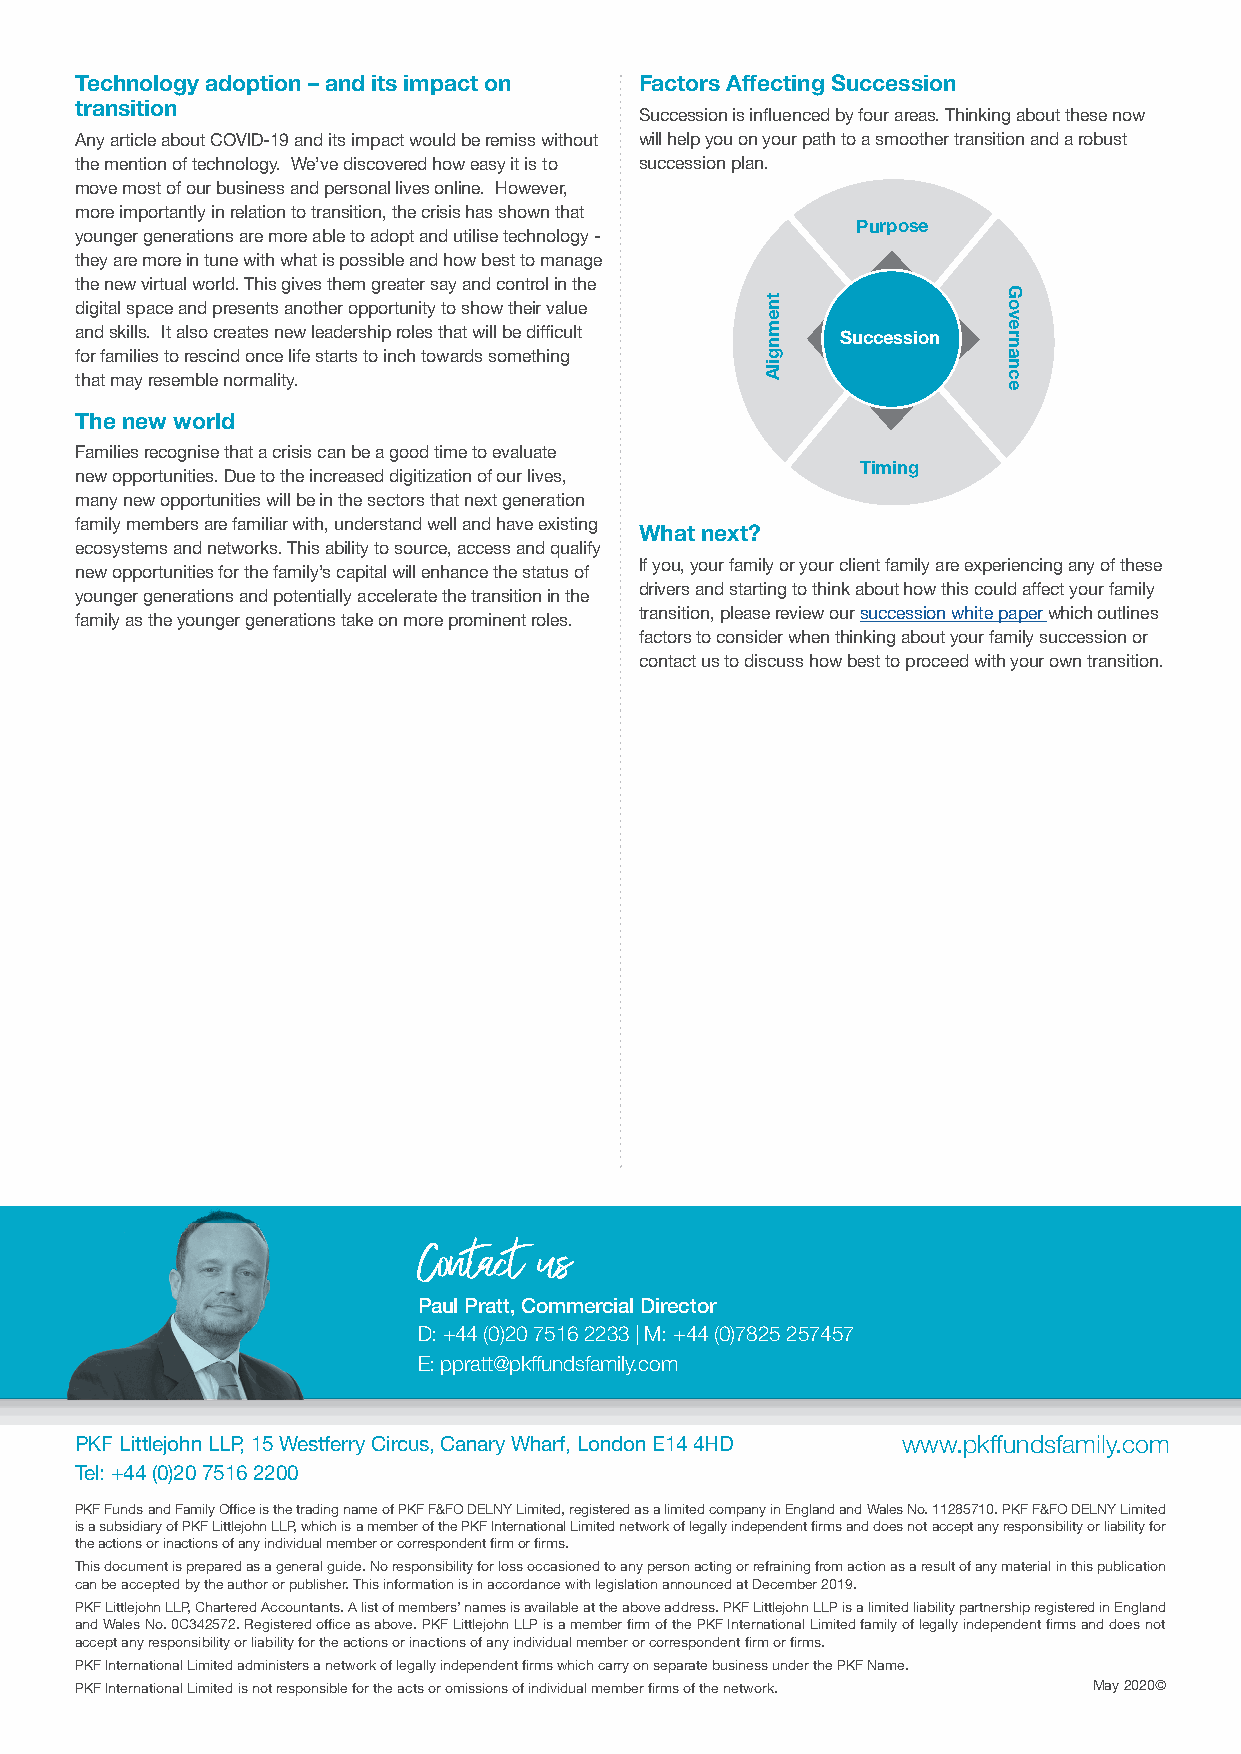
Technology adoption – and its impact on Factors Affecting Succession
 transition
 Succession is influenced by four areas. Thinking about these now
 Any article about COVID-19 and its impact would be remiss without will help you on your path to a smoother transition and a robust
 the mention of technology. We’ve discovered how easy it is to succession plan.
 move most of our business and personal lives online. However,
 more importantly in relation to transition, the crisis has shown that
 Purpose
 younger generations are more able to adopt and utilise technology -
 they are more in tune with what is possible and how best to manage
 the new virtual world. This gives them greater say and control in the
 digital space and presents another opportunity to show their value
 and skills. It also creates new leadership roles that will be difficult Succession
 for families to rescind once life starts to inch towards something
 that may resemble normality.
 The new world
 Families recognise that a crisis can be a good time to evaluate
 Timing
 new opportunities. Due to the increased digitization of our lives,
 many new opportunities will be in the sectors that next generation
 family members are familiar with, understand well and have existing
 What next?
 ecosystems and networks. This ability to source, access and qualify
 If you, your family or your client family are experiencing any of these
 new opportunities for the family’s capital will enhance the status of
 drivers and starting to think about how this could affect your family
 younger generations and potentially accelerate the transition in the
 transition, please review our succession white paper which outlines
 family as the younger generations take on more prominent roles.
 factors to consider when thinking about your family succession or
 contact us to discuss how best to proceed with your own transition.
 Contact us
 Paul Pratt, Commercial Director
 D: +44 (0)20 7516 2233 | M: +44 (0)7825 257457
 E: ppratt@pkffundsfamily.com
 PKF Littlejohn LLP, 15 Westferry Circus, Canary Wharf, London E14 4HD www.pkffundsfamily.com
 Tel: +44 (0)20 7516 2200
 PKF Funds and Family Office is the trading name of PKF F&FO DELNY Limited, registered as a limited company in England and Wales No. 11285710. PKF F&FO DELNY Limited
 is a subsidiary of PKF Littlejohn LLP, which is a member of the PKF International Limited network of legally independent firms and does not accept any responsibility or liability for
 the actions or inactions of any individual member or correspondent firm or firms.
 This document is prepared as a general guide. No responsibility for loss occasioned to any person acting or refraining from action as a result of any material in this publication
 can be accepted by the author or publisher. This information is in accordance with legislation announced at December 2019.
 PKF Littlejohn LLP, Chartered Accountants. A list of members’ names is available at the above address. PKF Littlejohn LLP is a limited liability partnership registered in England
 and Wales No. 0C342572. Registered office as above. PKF Littlejohn LLP is a member firm of the PKF International Limited family of legally independent firms and does not
 accept any responsibility or liability for the actions or inactions of any individual member or correspondent firm or firms.
 PKF International Limited administers a network of legally independent firms which carry on separate business under the PKF Name.
 PKF International Limited is not responsible for the acts or omissions of individual member firms of the network. May 2020©
 tnemngilA
 Governance